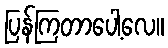
ပြန်ကြတာပေါ့လေ။